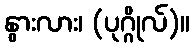
နွားလား၊ (ပုဂ္ဂိုလ်)။